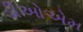
ડીઓએમ